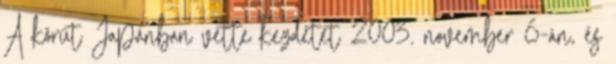
A körút Japánban vette kezdetét 2003. november 6-án, és